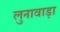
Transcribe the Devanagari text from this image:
लुनावाड़ा